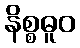
နိစ္စဓူဝ